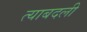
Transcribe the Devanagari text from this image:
त्याबदली